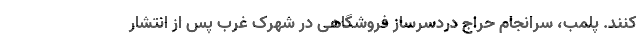
کنند. پلمب، سرانجام حراج دردسرساز فروشگاهی در شهرک غرب پس از انتشار